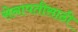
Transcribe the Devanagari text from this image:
सेनापतीसाठी